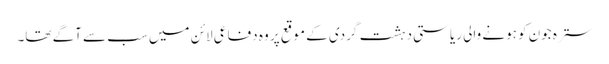
سترہ جون کو ہونے والی ریاستی دہشت گردی کے موقع پر وہ دفاعی لائن میں سب سے آگے تھا۔